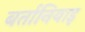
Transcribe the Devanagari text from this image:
बर्तानियाइ